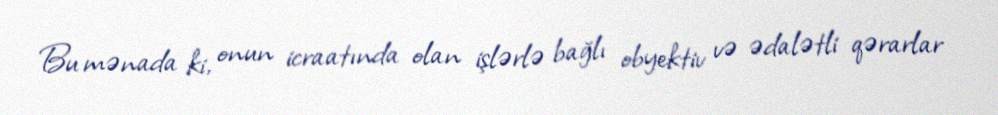
Bu mənada ki, onun icraatında olan işlərlə bağlı obyektiv və ədalətli qərarlar